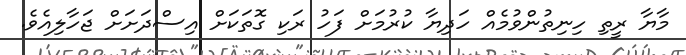
މާޔާ ރީތި ހިނިތުންވުމެއް ހަދިޔާ ކުރުމަށް ފަހު ރަކި ގޮތަކަށް އިސްދަށަށް ޖަހާލިއެވެ.